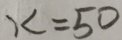
x = 5 0